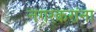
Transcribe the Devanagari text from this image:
नगरकरांना